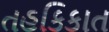
તહકિકાત